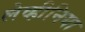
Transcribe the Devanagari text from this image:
लेव्हीनिया